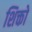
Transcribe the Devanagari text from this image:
शिक्तो